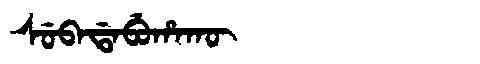
Manchu: ᠰᡠᠪᠠᡩᠠᠪᡠᡥᠠᡴᡡ
Romanization: SUBADABUHAKŪ